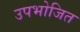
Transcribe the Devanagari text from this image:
उपभोजित